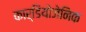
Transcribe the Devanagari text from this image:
कार्डियोजेनिक